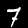
Label: 7